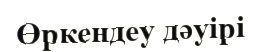
Өркендеу дәуірі